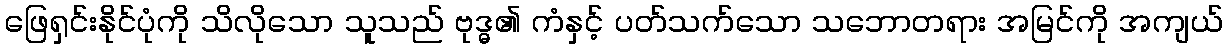
ဖြေရှင်းနိုင်ပုံကို သိလိုသော သူသည် ဗုဒ္ဓ၏ ကံနှင့် ပတ်သက်သော သဘောတရား အမြင်ကို အကျယ်